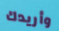
وأريدك